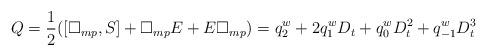
LaTeX: \begin{align*}Q = \frac12 ([\Box_{mp}, S] + \Box_{mp} E + E\Box_{mp}) = q_2^w + 2 q_1^w D_t + q_0^wD_t^2 + q_{-1}^w D_t^3\end{align*}